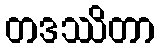
တဒဿိတာ